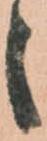
々